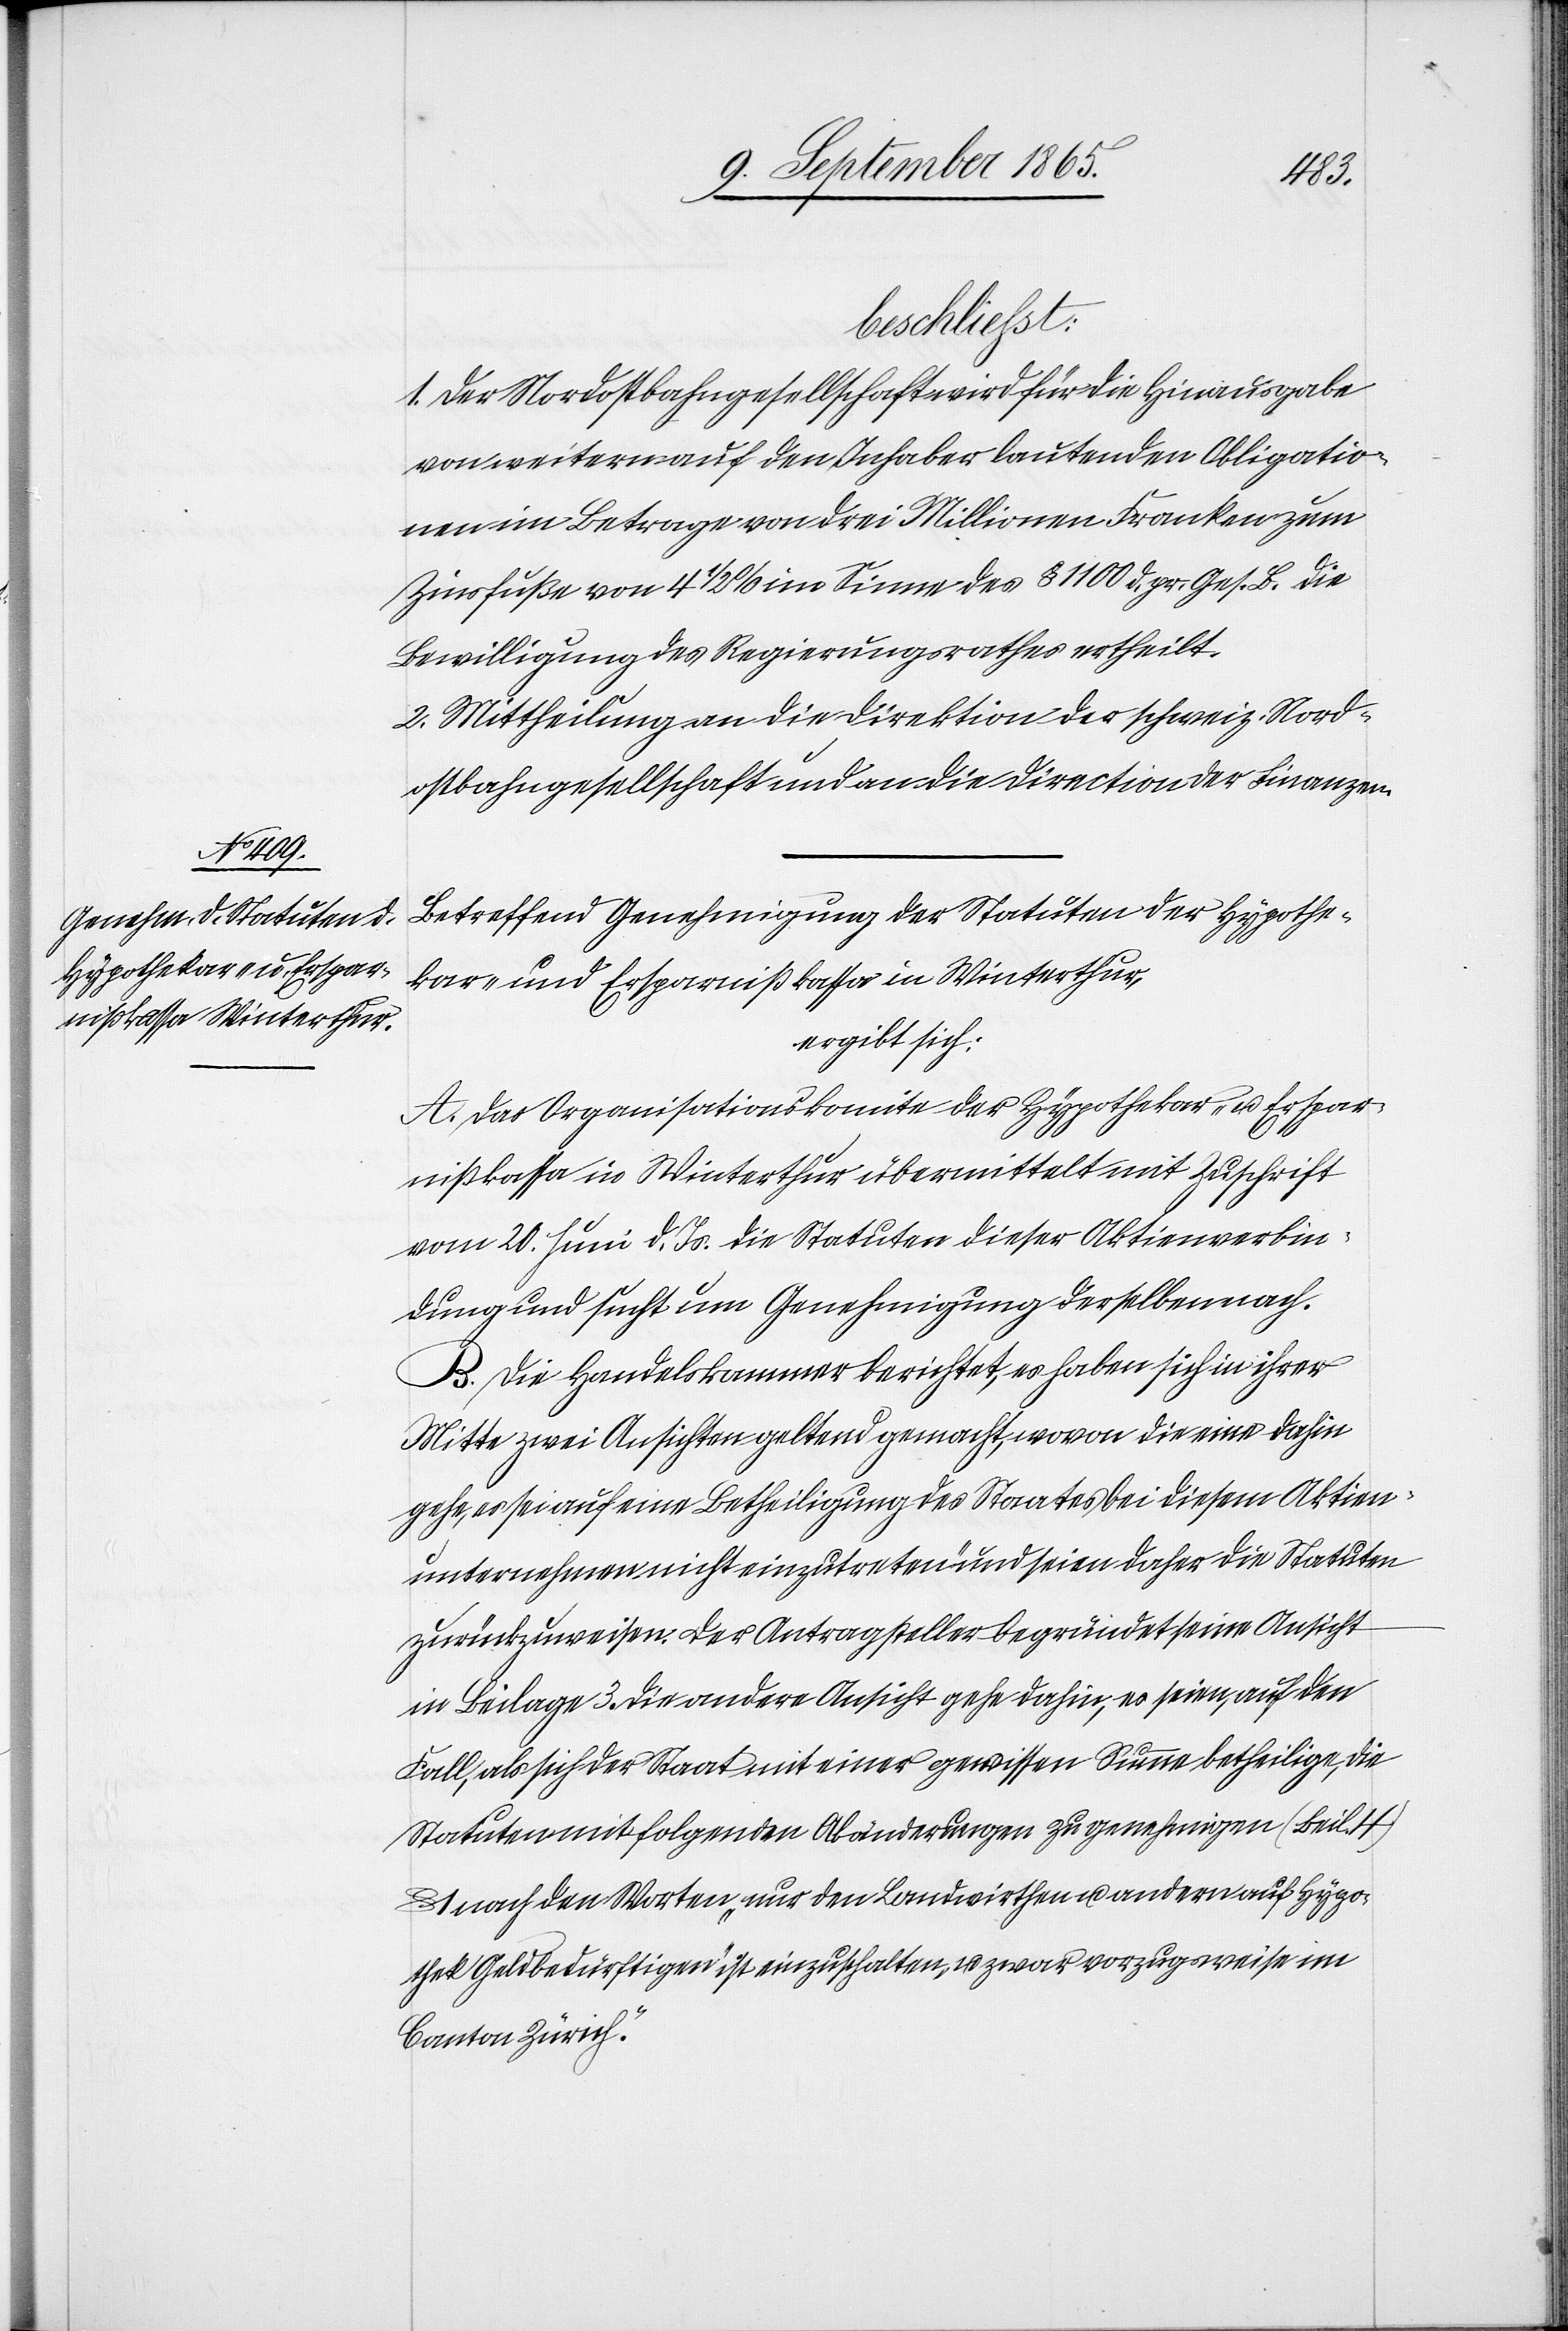
beschliesst:
1. Der Nordostbahngesellschaft wird für die Hinausgabe
von weitern auf den Inhaber lautenden Obligatio¬
nen im Betrage von drei Millionen Franken zum
Zinsfuße von 4 1/2% im Sinne des § 1100 d. pr. Ges. B. die
Bewilligung des Regierungsrathes ertheilt.
2. Mittheilung an die Direktion der schweiz. Nord¬
ostbahngesellschaft und an die Direction der Finanzen.
Betreffend Genehmigung der Statuten der Hypothe¬
kar- und Ersparnißkassa in Winterthur,
ergibt sich:
A. Das Organisationskomite der Hypothekar- u. Erspar¬
nißkassa in Winterthur übermittelt mit Zuschrift
vom 20. Juni d. Js. die Statuten dieser Aktienverbin¬
dung und sucht um Genehmigung derselben nach.
B. Die Handelskammer berichtet, es haben sich in ihrer
Mitte zwei Ansichten geltend gemacht, wovon die eine dahin
gehe, es sei auf eine Betheiligung des Staates bei diesem Aktien¬
unternehmen nicht einzutreten und seien daher die Statuten
zurückzuweisen. Der Antragsteller begründet seine Ansicht
in Beilage 3. Die andere Ansicht gehe dahin, es seien, auf den
Fall, als sich der Staat mit einer gewissen Summe betheilige, die
Statuten mit folgenden Abänderungen zu genehmigen (Beil.
nach den Worten „nur den Landwirthen und andern auf Hypo¬
thek Geldbedürftigen“ ist einzuschalten „u. zwar vorzugsweise im
Canton Zürich.“